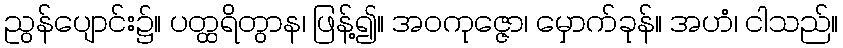
ညွန်ပျောင်း၌။ ပတ္ထရိတွာန၊ ဖြန့်၍။ အဝကုဇ္ဇော၊ မှောက်ခုန်။ အဟံ၊ ငါသည်။